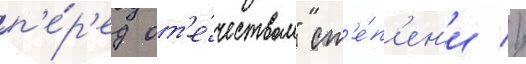
п'е́р'ед от'е́чеством" ст'е́п'ен'и //